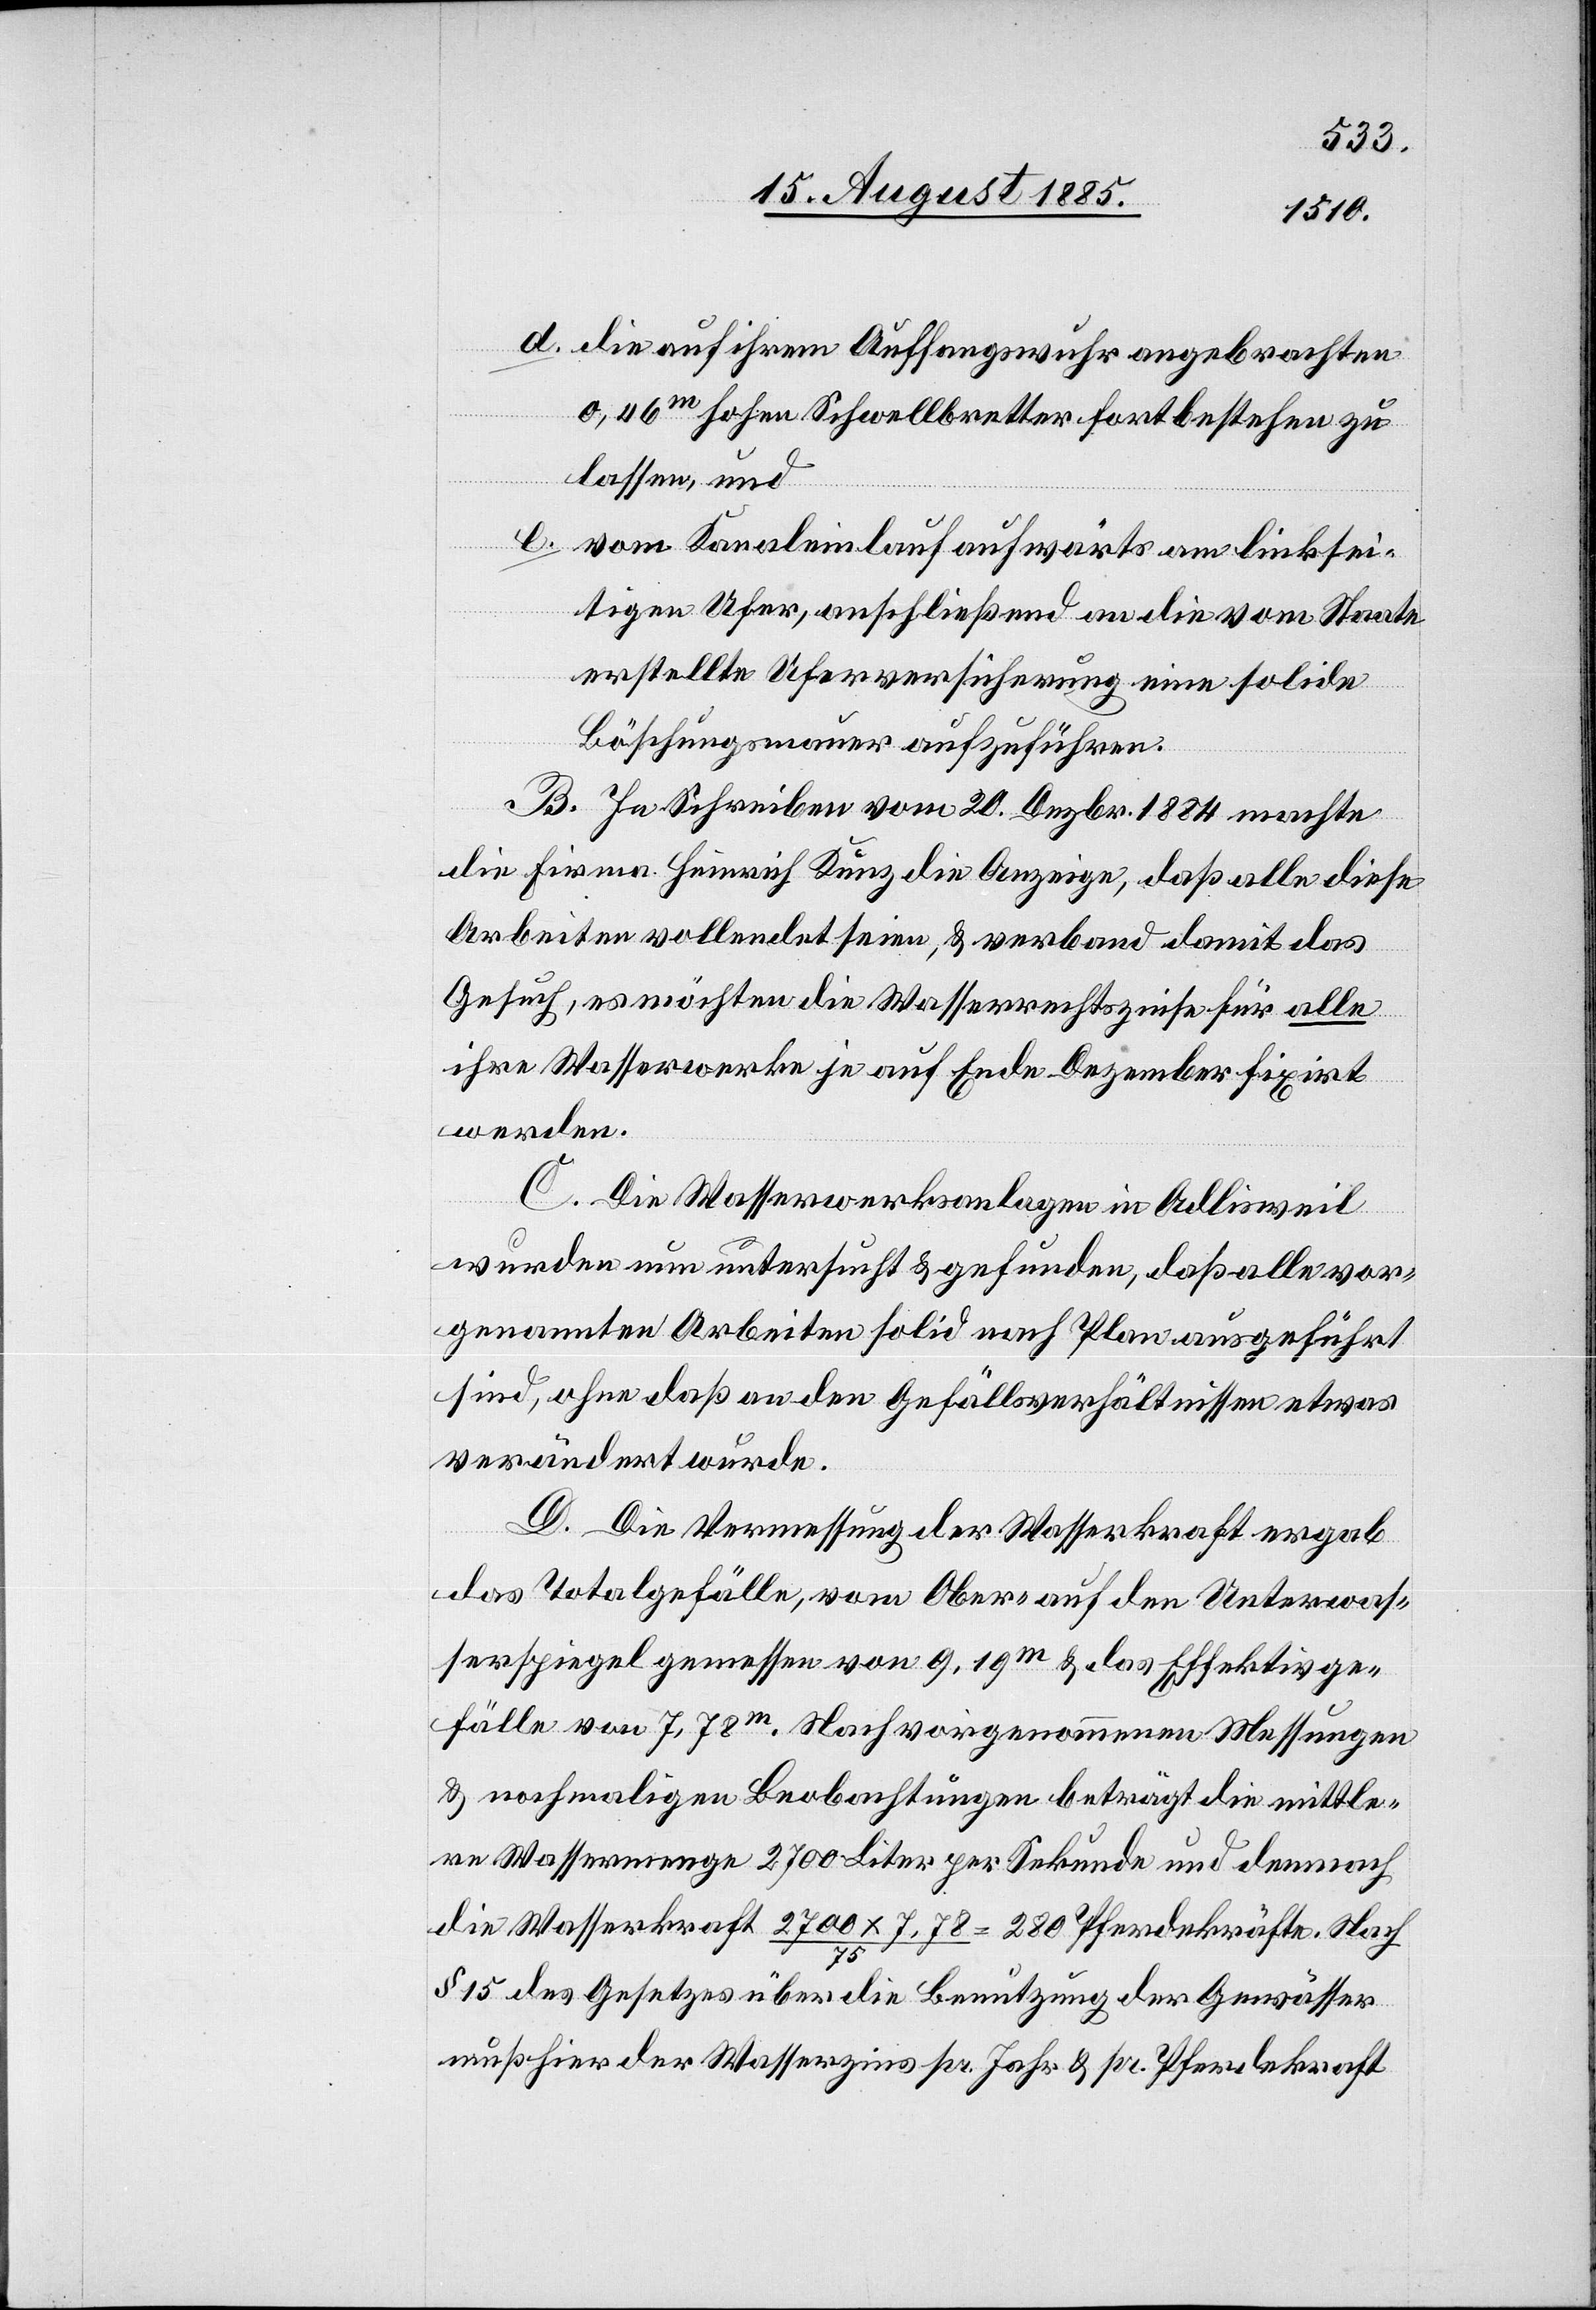
d. die auf ihrem Auffangswuhr angebrachten
0,46m hohen Schwellbretter fortbestehen zu
lassen und
e. vom Kanaleinlauf aufwärts am linksei¬
tigen Ufer, anschließend an die vom Staate
erstellte Uferversicherung eine solide
Böschungsmauer aufzuführen.
B. In Schreiben vom 20. Dezbr. 1884 machte
die Firma Heinrich Kunz die Anzeige, daß alle diese
Arbeiten vollendet sein, & verband damit das
Gesuch, es möchten die Wasserrechtszinse für alle
ihre Wasserwerke je auf Ende Dezember fixirt
werden.
C. Die Wasserwerksanlagen in Adlisweil
wurden nun untersucht & gefunden, daß alle vor¬
genannten Arbeiten solid nach Plan ausgeführt
sind, ohne daß an den Gefällsverhältnissen etwas
verändert wurde.
D. Die Vermessung der Wasserkraft ergab
das Totalgefälle, vom Ober- auf den Unterwas¬
serspiegel gemessen von 9,19m & das Effektivge¬
fälle von 7,78m. Nach vorgenommenen Messungen
& nochmaligen Beobachtungen beträgt die mittle¬
re Wassermenge 2700 Liter per Sekunde und demnach
die Wasserkraft 2700 x 7,78/75 = 280 Pferdekräfte. Nach
§ 15 des Gesetzes über die Benutzung der Gewässer
muß hier der Wasserzins pr. Jahr & pr. Pferdekraft